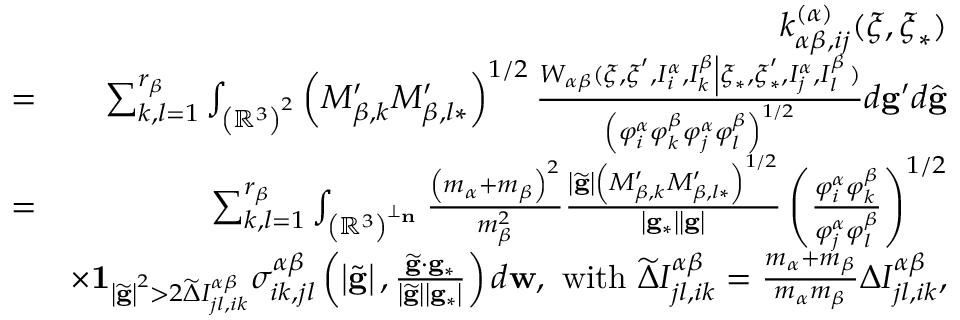
\begin{array} { r l r } & { } & { k _ { \alpha \beta , i j } ^ { \left( \alpha \right) } ( \boldsymbol { \xi } , \boldsymbol { \xi } _ { \ast } ) } \\ & { = } & { \sum _ { k , l = 1 } ^ { r _ { \beta } } \int _ { \left( \mathbb { R } ^ { 3 } \right) ^ { 2 } } \left( M _ { \beta , k } ^ { \prime } M _ { \beta , l \ast } ^ { \prime } \right) ^ { 1 / 2 } \frac { W _ { \alpha \beta } ( \boldsymbol { \xi } , \boldsymbol { \xi } ^ { \prime } , I _ { i } ^ { \alpha } , I _ { k } ^ { \beta } \left\vert \boldsymbol { \xi } _ { \ast } , \boldsymbol { \xi } _ { \ast } ^ { \prime } , I _ { j } ^ { \alpha } , I _ { l } ^ { \beta } \right. ) } { \left( \varphi _ { i } ^ { \alpha } \varphi _ { k } ^ { \beta } \varphi _ { j } ^ { \alpha } \varphi _ { l } ^ { \beta } \right) ^ { 1 / 2 } } d \mathbf { g } ^ { \prime } d \widehat { \mathbf { g } } } \\ & { = } & { \sum _ { k , l = 1 } ^ { r _ { \beta } } \int _ { \left( \mathbb { R } ^ { 3 } \right) ^ { \perp _ { \mathbf { n } } } } \frac { \left( m _ { \alpha } + m _ { \beta } \right) ^ { 2 } } { m _ { \beta } ^ { 2 } } \frac { \left\vert \widetilde { \mathbf { g } } \right\vert \left( M _ { \beta , k } ^ { \prime } M _ { \beta , l \ast } ^ { \prime } \right) ^ { 1 / 2 } } { \left\vert \mathbf { g } _ { \ast } \right\vert \left\vert \mathbf { g } \right\vert } \left( \frac { \varphi _ { i } ^ { \alpha } \varphi _ { k } ^ { \beta } } { \varphi _ { j } ^ { \alpha } \varphi _ { l } ^ { \beta } } \right) ^ { 1 / 2 } } \\ & { } & { \times \mathbf { 1 } _ { \left\vert \widetilde { \mathbf { g } } \right\vert ^ { 2 } > 2 \widetilde { \Delta } I _ { j l , i k } ^ { \alpha \beta } } \sigma _ { i k , j l } ^ { \alpha \beta } \left( \left\vert \widetilde { \mathbf { g } } \right\vert , \frac { \widetilde { \mathbf { g } } \cdot \mathbf { g } _ { \ast } } { \left\vert \widetilde { \mathbf { g } } \right\vert \left\vert \mathbf { g } _ { \ast } \right\vert } \right) d \mathbf { w } \mathrm { , ~ w i t h ~ } \widetilde { \Delta } I _ { j l , i k } ^ { \alpha \beta } = \frac { m _ { \alpha } + m _ { \beta } } { m _ { \alpha } m _ { \beta } } \Delta I _ { j l , i k } ^ { \alpha \beta } \mathrm { , } } \end{array}